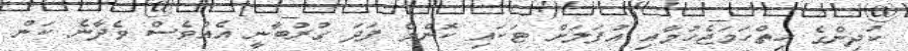
ކުދިންގެ ހިތްހަމަޖެހުމާއި އުފަލަށް ޓަކައި ކޮންމެ ފަދަ ގުރުބާނީ އެއްވެސް ވެދާނެ ކަން